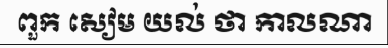
ពួក សៀម យល់ ថា កាលណា